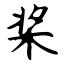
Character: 桨